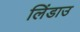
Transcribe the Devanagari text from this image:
लिंडाउ